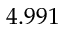
4 . 9 9 1